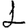
Digit: 1